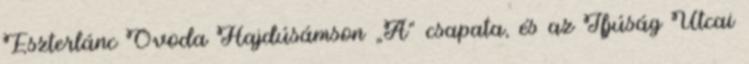
Eszterlánc Óvoda Hajdúsámson „A” csapata, és az Ifjúság Utcai